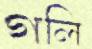
গলি